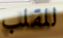
للقلب